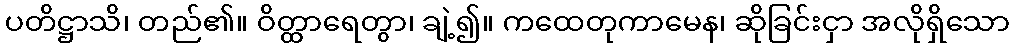
ပတိဋ္ဌာသိ၊ တည်၏။ ဝိတ္ထာရေတွာ၊ ချဲ့၍။ ကထေတုကာမေန၊ ဆိုခြင်းငှာ အလိုရှိသော